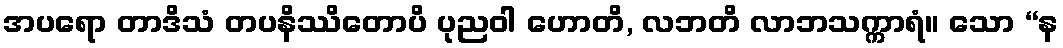
အပရော တာဒိသံ တပနိဿိတောပိ ပုညဝါ ဟောတိ, လဘတိ လာဘသက္ကာရံ။ သော “န